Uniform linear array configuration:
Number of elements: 32
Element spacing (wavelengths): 1
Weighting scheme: cosine
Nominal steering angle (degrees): -60
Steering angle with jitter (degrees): -60.455
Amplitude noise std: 0.05
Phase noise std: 0.05

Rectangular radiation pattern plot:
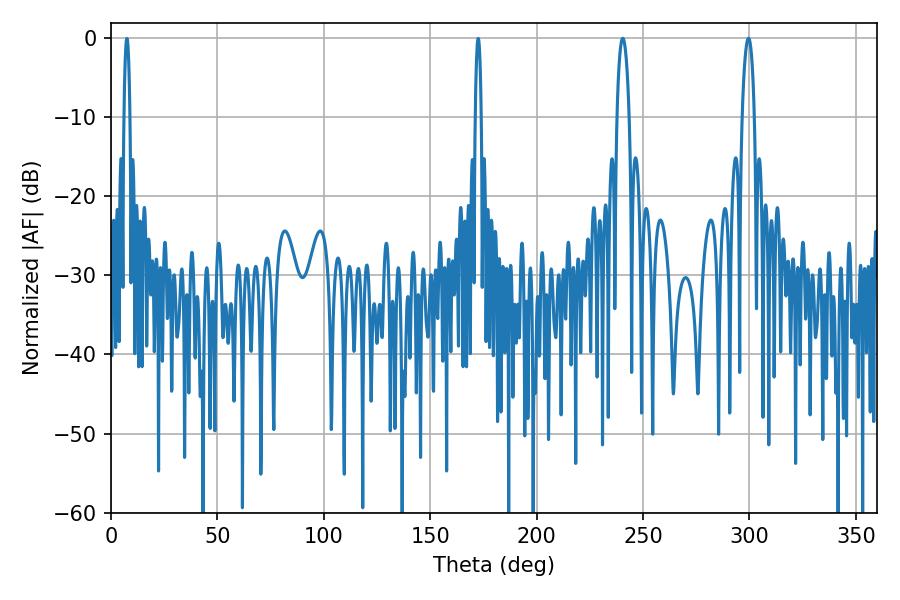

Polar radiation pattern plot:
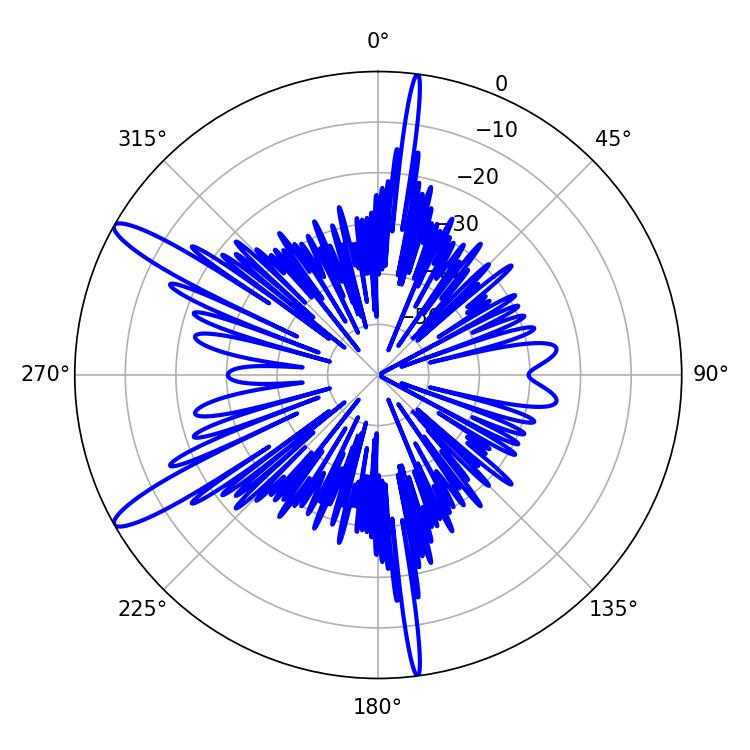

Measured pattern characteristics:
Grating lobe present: TRUE
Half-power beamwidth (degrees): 3.24
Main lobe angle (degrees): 240.48